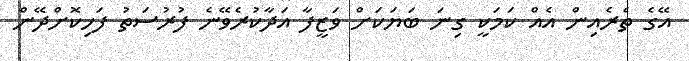
އޭގެ ތެރެއިން އެއް ކަމަކީ ގިނަ ބަޔަކަށް ވަޒީފާ އަދާކުރެވޭނެ ފުރުސަތު ފަހިކޮށްދޭން